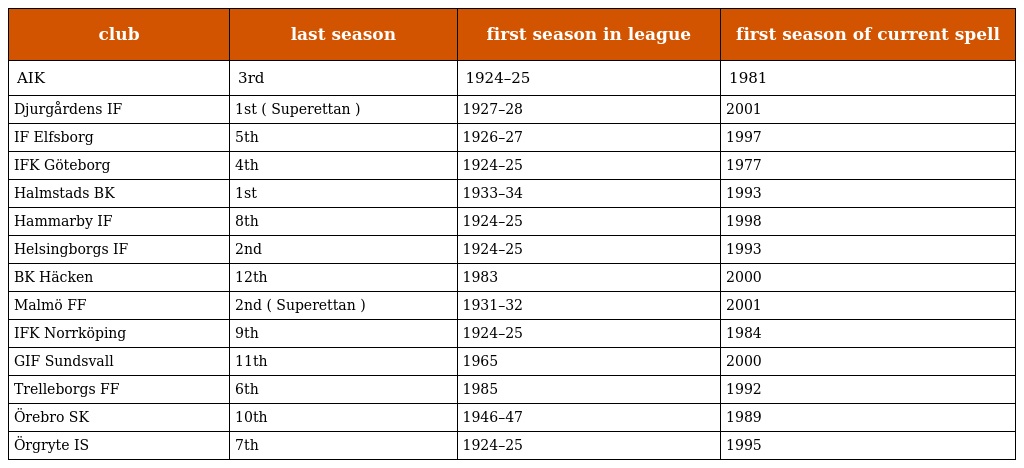
| club | last season | first season in league | first season of current spell |
 | --- | --- | --- | --- |
 | AIK | 3rd | 1924–25 | 1981 |
 | Djurgårdens IF | 1st ( Superettan ) | 1927–28 | 2001 |
 | IF Elfsborg | 5th | 1926–27 | 1997 |
 | IFK Göteborg | 4th | 1924–25 | 1977 |
 | Halmstads BK | 1st | 1933–34 | 1993 |
 | Hammarby IF | 8th | 1924–25 | 1998 |
 | Helsingborgs IF | 2nd | 1924–25 | 1993 |
 | BK Häcken | 12th | 1983 | 2000 |
 | Malmö FF | 2nd ( Superettan ) | 1931–32 | 2001 |
 | IFK Norrköping | 9th | 1924–25 | 1984 |
 | GIF Sundsvall | 11th | 1965 | 2000 |
 | Trelleborgs FF | 6th | 1985 | 1992 |
 | Örebro SK | 10th | 1946–47 | 1989 |
 | Örgryte IS | 7th | 1924–25 | 1995 |